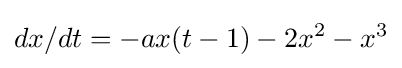
{dx}/{dt}=-ax(t-1)-2x^{2}-x^{3}